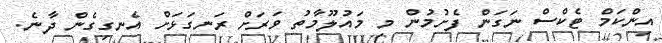
އިންކަމް ޓެކްސް ނަގަން ފެށުމުން މި މައުލޫމާތު ވަރަށް ރަނގަޅަށް އެނގިގެން ދާނެ.